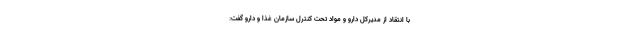
با انتقاد از مدیرکل دارو و مواد تحت کنترل سازمان غذا و دارو گفت: